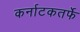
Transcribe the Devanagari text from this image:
कर्नाटकतर्फे